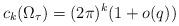
LaTeX: \begin{align*} c_k(\Omega_{\tau})=(2\pi)^k(1 +o(q)) \end{align*}